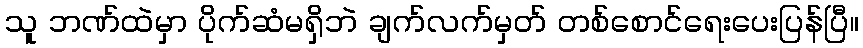
သူ ဘဏ်ထဲမှာ ပိုက်ဆံမရှိဘဲ ချက်လက်မှတ် တစ်စောင်ရေးပေးပြန်ပြီ။